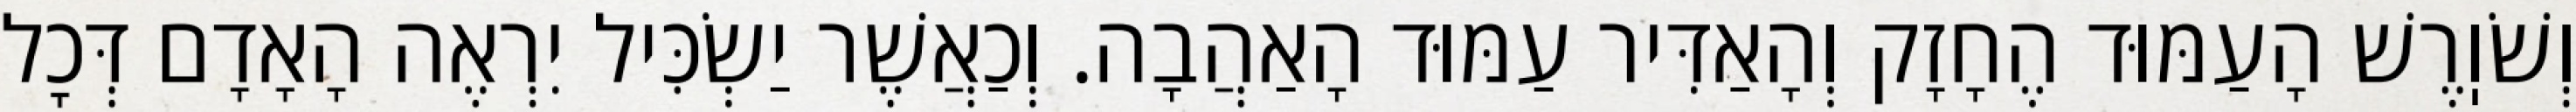
וְשֹׁוֽרֶשׁ הָעַמּוּד הֶחָזָק וְהָאַדִּיר עַמּוּד הָאַהֲבָה. וְכַאֲשֶׁר יַשְׂכִּיל יִרְאֶה הָאָדָם דְּכׇל